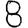
Digit: 8